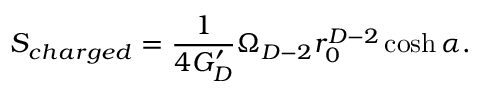
S _ { c h a r g e d } = { \frac { 1 } { 4 G _ { D } ^ { \prime } } } \Omega _ { D - 2 } r _ { 0 } ^ { D - 2 } \cosh \alpha .